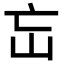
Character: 𡵍